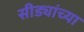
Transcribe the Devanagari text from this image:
सीड्यांच्या